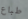
طباع